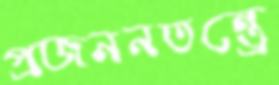
প্রজননতন্ত্রে